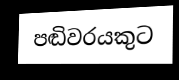
පඬිවරයකුට